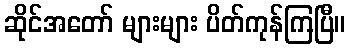
ဆိုင်အတော် များများ ပိတ်ကုန်ကြပြီ။